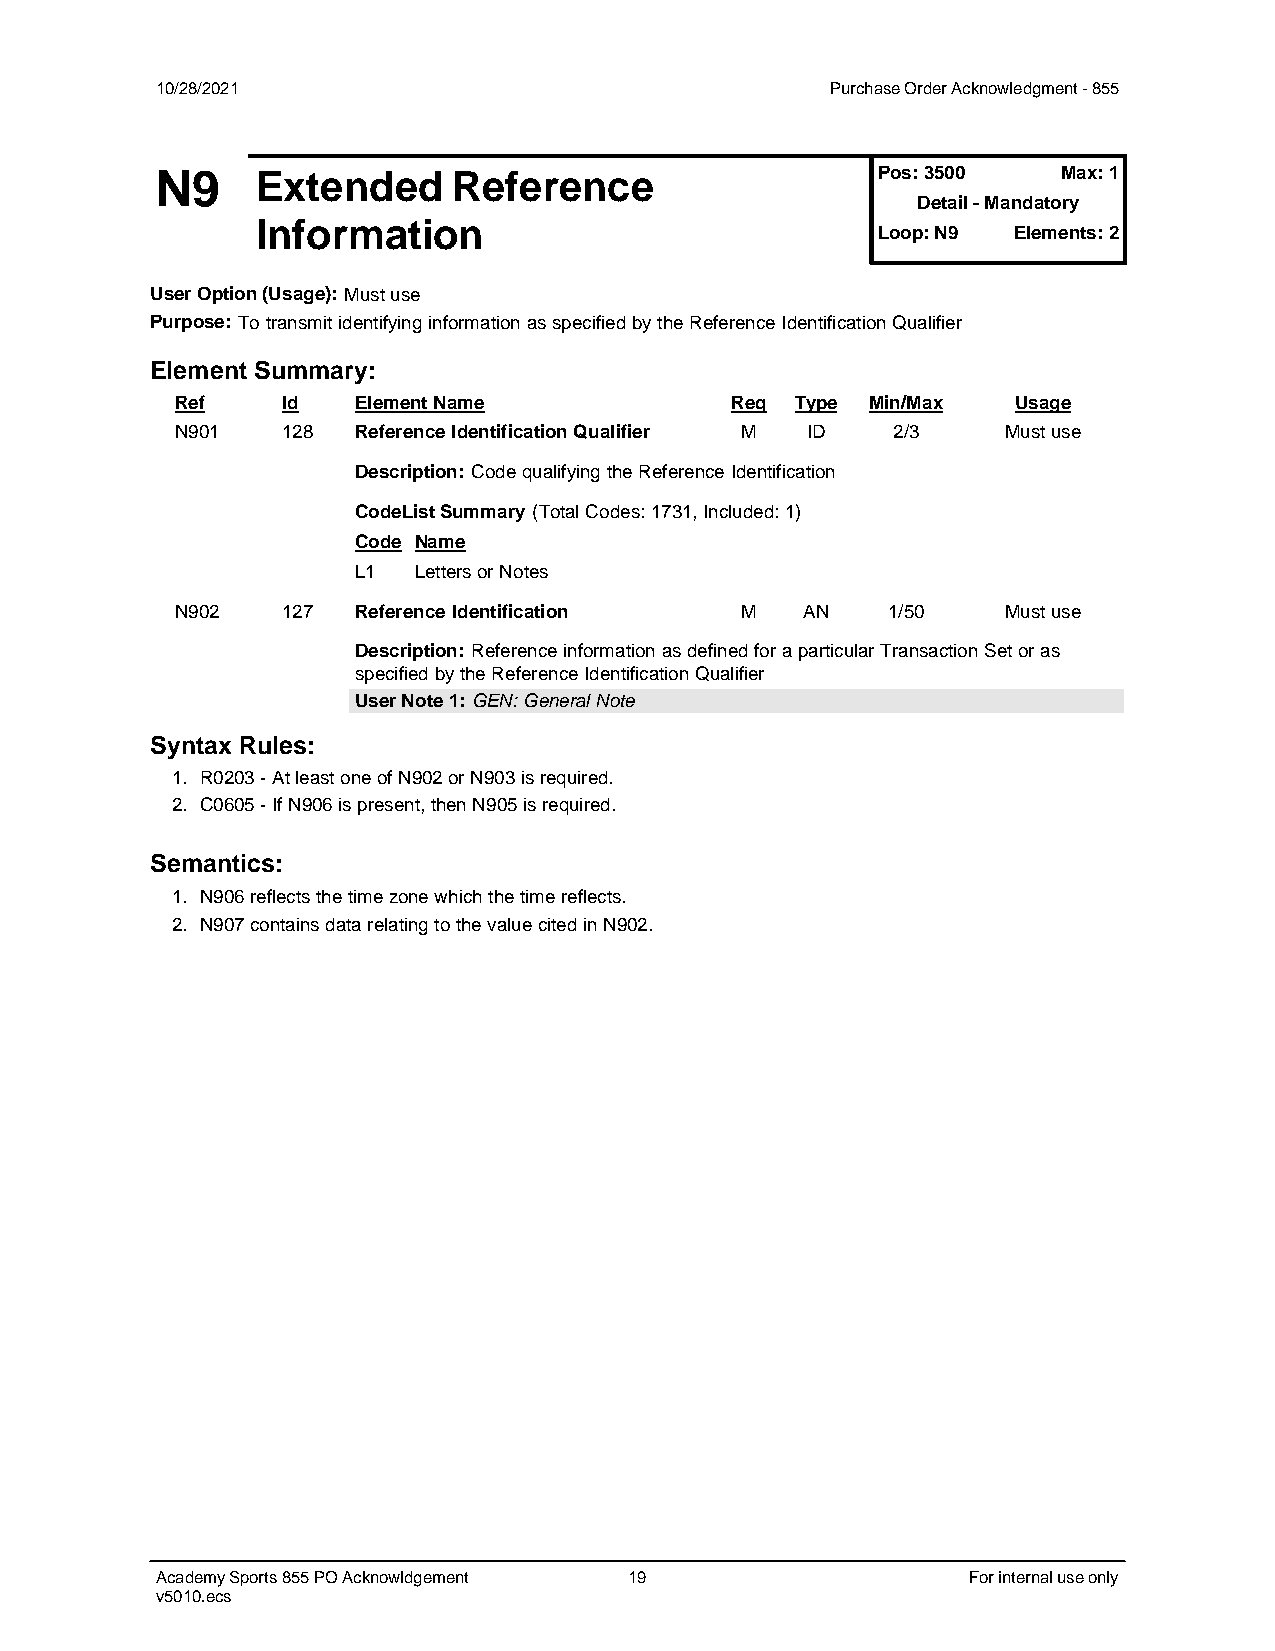
10/28/2021                                   Purchase Order Acknowledgment - 855
 Pos: 3500   Max: 1
 N9     Extended     Reference
 Detail - Mandatory
 Information                              Loop: N9 Elements: 2
 User Option (Usage): Must use
 Purpose: To transmit identifying information as specified by the Reference Identification Qualifier
 Element Summary:
 Ref    Id  Element Name             Req  Type Min/Max  Usage
 N901   128 Reference Identification Qualifier M ID 2/3 Must use
 Description: Code qualifying the Reference Identification
 CodeList Summary (Total Codes: 1731, Included: 1)
 Code Name
 L1  Letters or Notes
 N902   127 Reference Identification  M   AN    1/50    Must use
 Description: Reference information as defined for a particular Transaction Set or as
 specified by the Reference Identification Qualifier
 UUsseerr NNoottee 11:: GGEENN:: GGeenneerraall NNoottee
 Syntax Rules:
 1. R0203 - At least one of N902 or N903 is required.
 2. C0605 - If N906 is present, then N905 is required.
 Semantics:
 1. N906 reflects the time zone which the time reflects.
 2. N907 contains data relating to the value cited in N902.
 Academy Sports 855 PO Acknowldgement 19               For internal use only
 v5010.ecs